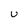
Character: u